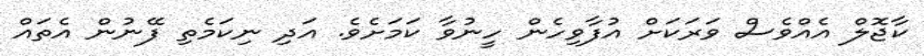
ކާޖޮލް އެއްވެސް ވަރަކަށް އުފާވިހެން ހީނުވާ ކަމަށެވެ. އަދި ނިކަމެތި ފޭނުން އެތައް